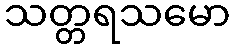
သတ္တရသမော